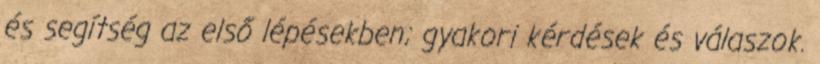
és segítség az első lépésekben; gyakori kérdések és válaszok.